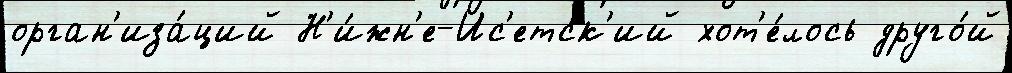
орган'иза́ций Н'и́жн'е-Ис'етск'ий хот'е́лось друго́й